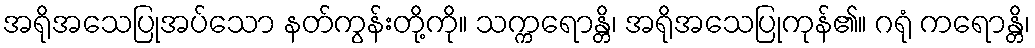
အရိုအသေပြုအပ်သော နတ်ကွန်းတို့ကို။ သက္ကရောန္တိ၊ အရိုအသေပြုကုန်၏။ ဂရုံ ကရောန္တိ၊